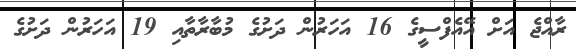
ރާއްޖެ އަށް އޭއެފްސީގެ 16 އަހަރުން ދަށުގެ މުބާރާތާއި 19 އަހަރުން ދަށުގެ